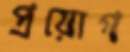
প্রয়োগ